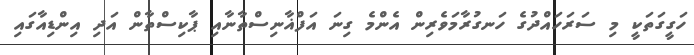
ހަގީގަތަކީ މި ސަރަހައްދުގެ ހަނގުރާމަވެރިން އެންމެ ގިނަ އަފްޣާނިސްތާނާއި ޕާކިސްތާން އަދި އިންޑިއާގައި